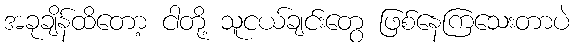
အခုချိန်ထိတော့ ငါတို့ သူငယ်ချင်းတွေ ဖြစ်နေကြသေးတာပဲ